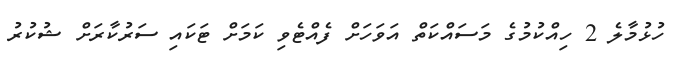
ހުޅުމާލެ 2 ހިއްކުމުގެ މަސައްކަތް އަވަހަށް ފެއްޓެވި ކަމަށް ޓަކައި ސަރުކާރަށް ޝުކުރު